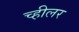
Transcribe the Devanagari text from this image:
च्हीलर